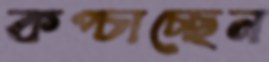
কপ্‌চাচ্ছেন